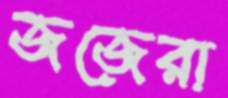
জজেরা